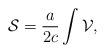
LaTeX: \begin{align*}{\cal S}=\frac{a}{2c}\int {\cal V},\end{align*}